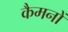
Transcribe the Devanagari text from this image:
कैमनों